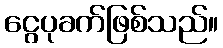
ငွေပုခက်ဖြစ်သည်။